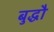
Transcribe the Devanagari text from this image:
बुद्धौ